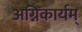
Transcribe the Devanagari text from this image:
अग्निकार्यम्